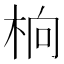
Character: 𬂭